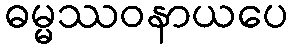
ဓမ္မဿဝနာယပေ